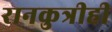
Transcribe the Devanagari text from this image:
रानकुत्रीही